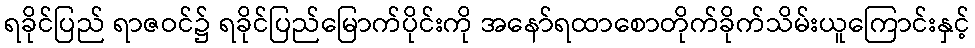
ရခိုင်ပြည် ရာဇဝင်၌ ရခိုင်ပြည်မြောက်ပိုင်းကို အနော်ရထာစောတိုက်ခိုက်သိမ်းယူကြောင်းနှင့်